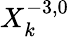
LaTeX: X_{k}^{-3,0}